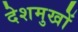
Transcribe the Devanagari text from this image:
देशमुखों